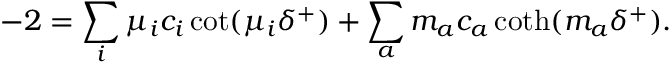
- 2 = \sum _ { i } \mu _ { i } c _ { i } \cot ( \mu _ { i } \delta ^ { + } ) + \sum _ { a } m _ { a } c _ { a } \coth ( m _ { a } \delta ^ { + } ) .